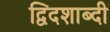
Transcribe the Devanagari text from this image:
द्विदशाब्दी